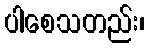
ပါစေသတည်း၊